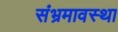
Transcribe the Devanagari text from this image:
संभ्रमावस्था